Report on the metropolitan horse fairs and district horse shows of 1892-93 - 1892-1893
Year: 1892
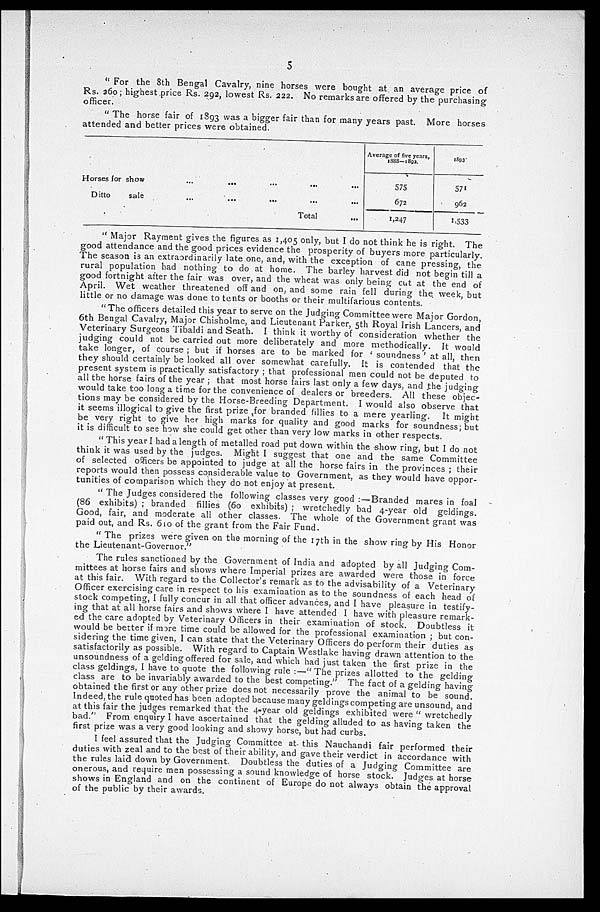
5
" For the 8th Bengal Cavalry, nine horses were bought at an average price of
Rs. 260 ; highest price Rs. 292, lowest Rs. 222. No remarks are offered by the purchasing
officer.
"The horse fair of 1893 was a bigger fair than for many years past. More horses
attended and better prices were obtained.
Horses for show
Ditto
sale
...
...
...
...
...
...
...
...
...
...
Total
...
Average of five years,
1888—1892.
575
672
1,247
1893.
571
962
1,533
" Major Rayment gives the figures as 1,405 only, but I do not think he is right. The
good attendance and the good prices evidence the prosperity of buyers more particularly.
The season is an extraordinarily late one, and, with the exception of cane pressing, the
rural population had nothing to do at home. The barley harvest did not begin till a
good fortnight after the fair was over, and the wheat was only being cut at the end of
April. Wet weather threatened off and on, and some rain fell during the week, but
little or no damage was done to tents or booths or their multifarious contents.
"The officers detailed this year to serve on the Judging Committee were Major Gordon,
6th Bengal Cavalry, Major Chisholme, and Lieutenant Parker, 5th Royal Irish Lancers, and
Veterinary Surgeons Tibaldi and Seath. I think it worthy of consideration whether the
judging could not be carried out more deliberately and more methodically. It would
take longer, of course; but if horses are to be marked for ' soundness ' at all, then
they should certainly be looked all over somewhat carefully. It is contended that the
present system is practically satisfactory ; that professional men could not be deputed to
all the horse fairs of the year ; that most horse fairs last only a few days, and the judging
would take too long a time for the convenience of dealers or breeders. All these objec-
tions may be considered by the Horse-Breeding Department. I would also observe that
it seems illogical to give the first prize for branded fillies to a mere yearling. It might
be very right to give her high marks for quality and good marks for soundness; but
it is difficult to see how she could get other than very low marks in other respects.
"This year I had a length of metalled road put down within the show ring, but I do not
think it was used by the judges. Might I suggest that one and the same Committee
of selected officers be appointed to judge at all the horse fairs in the provinces; their
reports would then possess considerable value to Government, as they would have oppor-
tunities of comparison which they do not enjoy at present.
"The Judges considered the following classes very good :— Branded mares in foal
(86 exhibits) ; branded fillies (60 exhibits) ; wretchedly bad 4-year old geldings.
Good, fair, and moderate all other classes. The whole of the Government grant was
paid out, and Rs. 610 of the grant from the Fair Fund.
"The prizes were given on the morning of the 17th in the show ring by His Honor
the Lieutenant-Governor."
The rules sanctioned by the Government of India and adopted by all Judging Com-
mittees at horse fairs and shows where Imperial prizes are awarded were those in force
at this fair. With regard to the Collector's remark as to the advisability of a Veterinary
Officer exercising care in respect to his examination as to the soundness of each head of
stock competing, I fully concur in all that officer advances, and I have pleasure in testify-
ing that at all horse fairs and shows where I have attended I have with pleasure remark-
ed the care adopted by Veterinary Officers in their examination of stock. Doubtless it
would be better if more time could be allowed for the professional examination; but con-
sidering the time given, I can state that the Veterinary Officers do perform their duties as
satisfactorily as possible. With regard to Captain Westlake having drawn attention to the
unsoundness of a gelding offered for sale, and which had just taken the first prize in the
class geldings, I have to quote the following rule :—" The prizes allotted to the gelding
class are to be invariably awarded to the best competing." The fact of a gelding having
obtained the first or any other prize does not necessarily prove the animal to be sound.
Indeed, the rule quoted has been adopted because many geldings competing are unsound, and
at this fair the judges remarked that the 4-year old geldings exhibited were "wretchedly
bad." From enquiry I have ascertained that the gelding alluded to as having taken the
first prize was a very good looking and showy horse, but had curbs.
I feel assured that the Judging Committee at this Nauchandi fair performed their
duties with zeal and to the best of their ability, and gave their verdict in accordance with
the rules laid down by Government. Doubtless the duties of a Judging Committee are
onerous, and require men possessing a sound knowledge of horse stock. Judges at horse
shows in England and on the continent of Europe do not always obtain the approval
of the public by their awards.